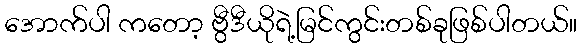
အောက်ပါ ကတော့ ဗွီဒီယိုရဲ့မြင်ကွင်းတစ်ခုဖြစ်ပါတယ်။